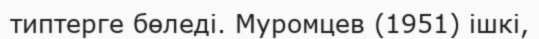
типтерге бөледі. Муромцев (1951) ішкі,